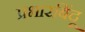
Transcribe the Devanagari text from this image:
प्रभारबिंदू